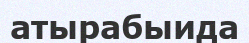
атырабыида